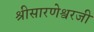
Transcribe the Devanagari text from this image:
श्रीसारणेश्वरजी